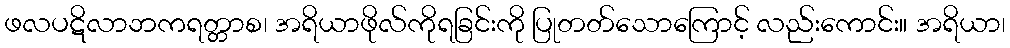
ဖလပဋိလာဘကရတ္တာစ၊ အရိယာဖိုလ်ကိုရခြင်းကို ပြုတတ်သောကြောင့် လည်းကောင်း။ အရိယာ၊